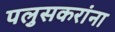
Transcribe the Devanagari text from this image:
पलुसकरांना